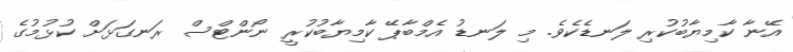
އޭނާ ކާމިޔާބުކުރި ލަނޑެކެވެ. މި ލަނޑު އެމްބާޕޭ ކާމިޔާބުކުރީ ނޯންޓްސް ރަނގަޅަށް ކުޅުމުގެ